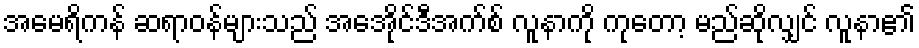
အမေရိကန် ဆရာဝန်များသည် အေအိုင်ဒီအက်စ် လူနာကို ကုတော့ မည်ဆိုလျှင် လူနာ၏